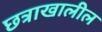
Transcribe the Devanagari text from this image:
छत्राखालील